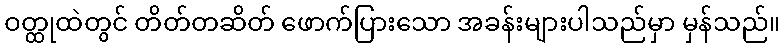
ဝတ္ထုထဲတွင် တိတ်တဆိတ် ဖောက်ပြားသော အခန်းများပါသည်မှာ မှန်သည်။